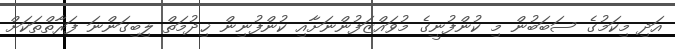
އަދި މިކަމުގެ ސަބަބުން މި ކުންފުނީގެ މުވައްޒަފުންނަށާއި ކުންފުނިން ޚިދުމަތް ލިބިގަންނަ ފަރާތްތަކަށް